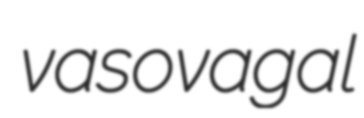
vasovagal